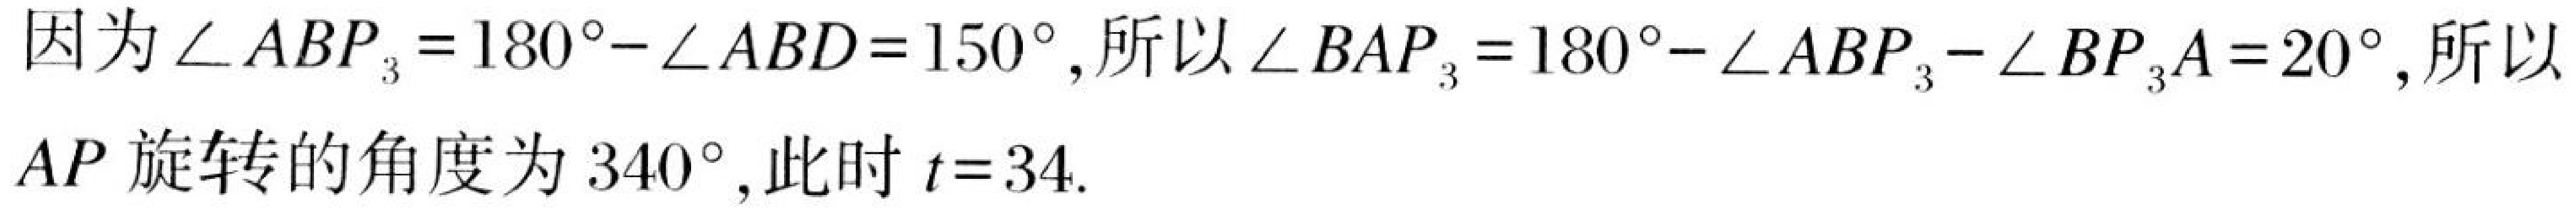
因为\(\angle ABP_{3}=180^{\circ}-\angle ABD = 150^{\circ}\),所以\(\angle BAP_{3}=180^{\circ}-\angle ABP_{3}-\angle BP_{3}A = 20^{\circ}\),所以
\(AP\) 旋转的角度为 \(340^{\circ}\), 此时 \(t = 34\).